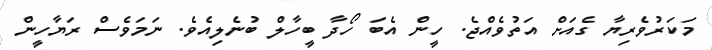
މަކަރުވެރިޔާ ގެއަށް އަތުވެއްޖެ. ހީން އެބަ ހޯދާ ބީހާލް ބުނެލިއެވެ. ނަމަވެސް ރަޔާހީން